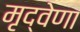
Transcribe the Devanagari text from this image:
मृद्‌वेणा